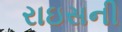
રાઇસની